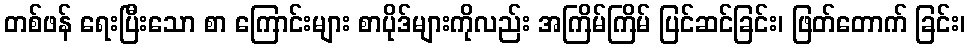
တစ်ဖန် ရေးပြီးသော စာ ကြောင်းများ စာပိုဒ်များကိုလည်း အကြိမ်ကြိမ် ပြင်ဆင်ခြင်း၊ ဖြတ်တောက် ခြင်း၊